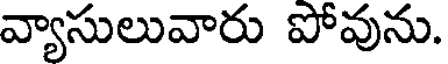
వ్యాసులువారు పోవును.